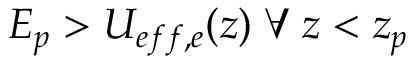
E _ { p } > U _ { e f f , e } ( z ) \; \forall \; z < z _ { p }